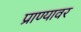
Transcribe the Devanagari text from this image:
प्राण्यावर